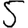
Digit: 5